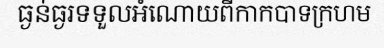
ធ្ងន់ធ្ងរទទួលអំណោយពីកាកបាទក្រហម